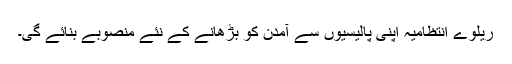
ریلوے انتظامیہ اپنی پالیسیوں سے آمدن کو بڑھانے کے نئے منصوبے بنائے گی۔